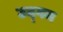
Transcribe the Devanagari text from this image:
उद्‌गम